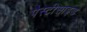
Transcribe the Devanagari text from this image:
पैस्टीसाइड